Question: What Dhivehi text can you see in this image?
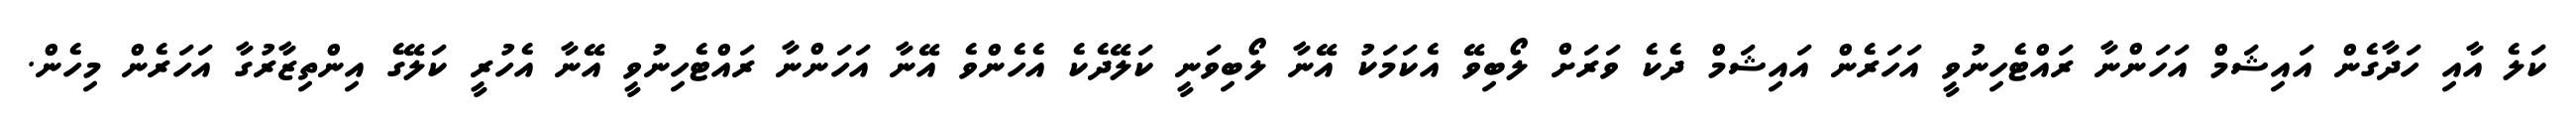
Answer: ކަލެ އާއި ހަދާގެން އައިޝަމް އަހަންނާ ރައްޓެހިނުވީ އަހަރެން އައިޝަމް ދެކެ ވަރަށް ލޯބިވޭ އެކަމަކު އޭނާ ލޯބިވަނީ ކަލޭދެކެ އެހެންވެ އޭނާ އަހަންނާ ރައްޓެހިނުވީ އޭނާ އެހުރީ ކަލޭގެ އިންތިޒާރުގާ އަހަރެން މިހެން.